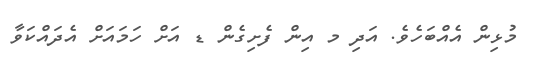
މުޅިން އެއްބަހެވެ. އަދި މ އިން ފެށިގެން ޑ އަށް ހަމައަށް އެދައްކަވާ